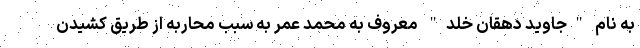
به نام "جاوید دهقان خلد" معروف به محمد عمر به سبب محاربه از طریق کشیدن